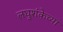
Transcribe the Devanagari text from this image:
लघुशंकेच्या